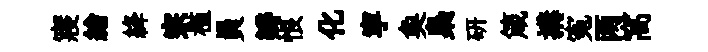
寢繪絳宗槿員瓣恨化寜奐梟研箴搆寃两窩